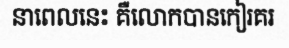
នាពេលនេះ គឺលោកបានកៀរគរ